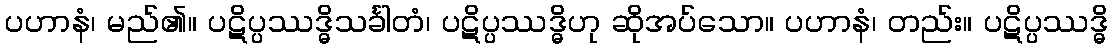
ပဟာနံ၊ မည်၏။ ပဋိပ္ပဿဒ္ဓိသင်္ခါတံ၊ ပဋိပ္ပဿဒ္ဓိဟု ဆိုအပ်သော။ ပဟာနံ၊ တည်း။ ပဋိပ္ပဿဒ္ဓိ